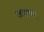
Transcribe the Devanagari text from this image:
जहावर